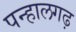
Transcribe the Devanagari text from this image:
पन्हालगढ़